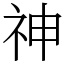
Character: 神